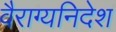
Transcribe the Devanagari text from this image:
वैराग्यनिदेश